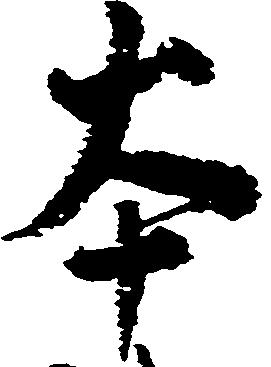
本